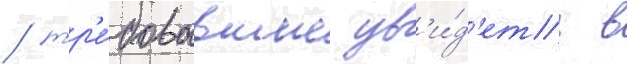
/ тр'е́бовавшие ув'и́д'еть в